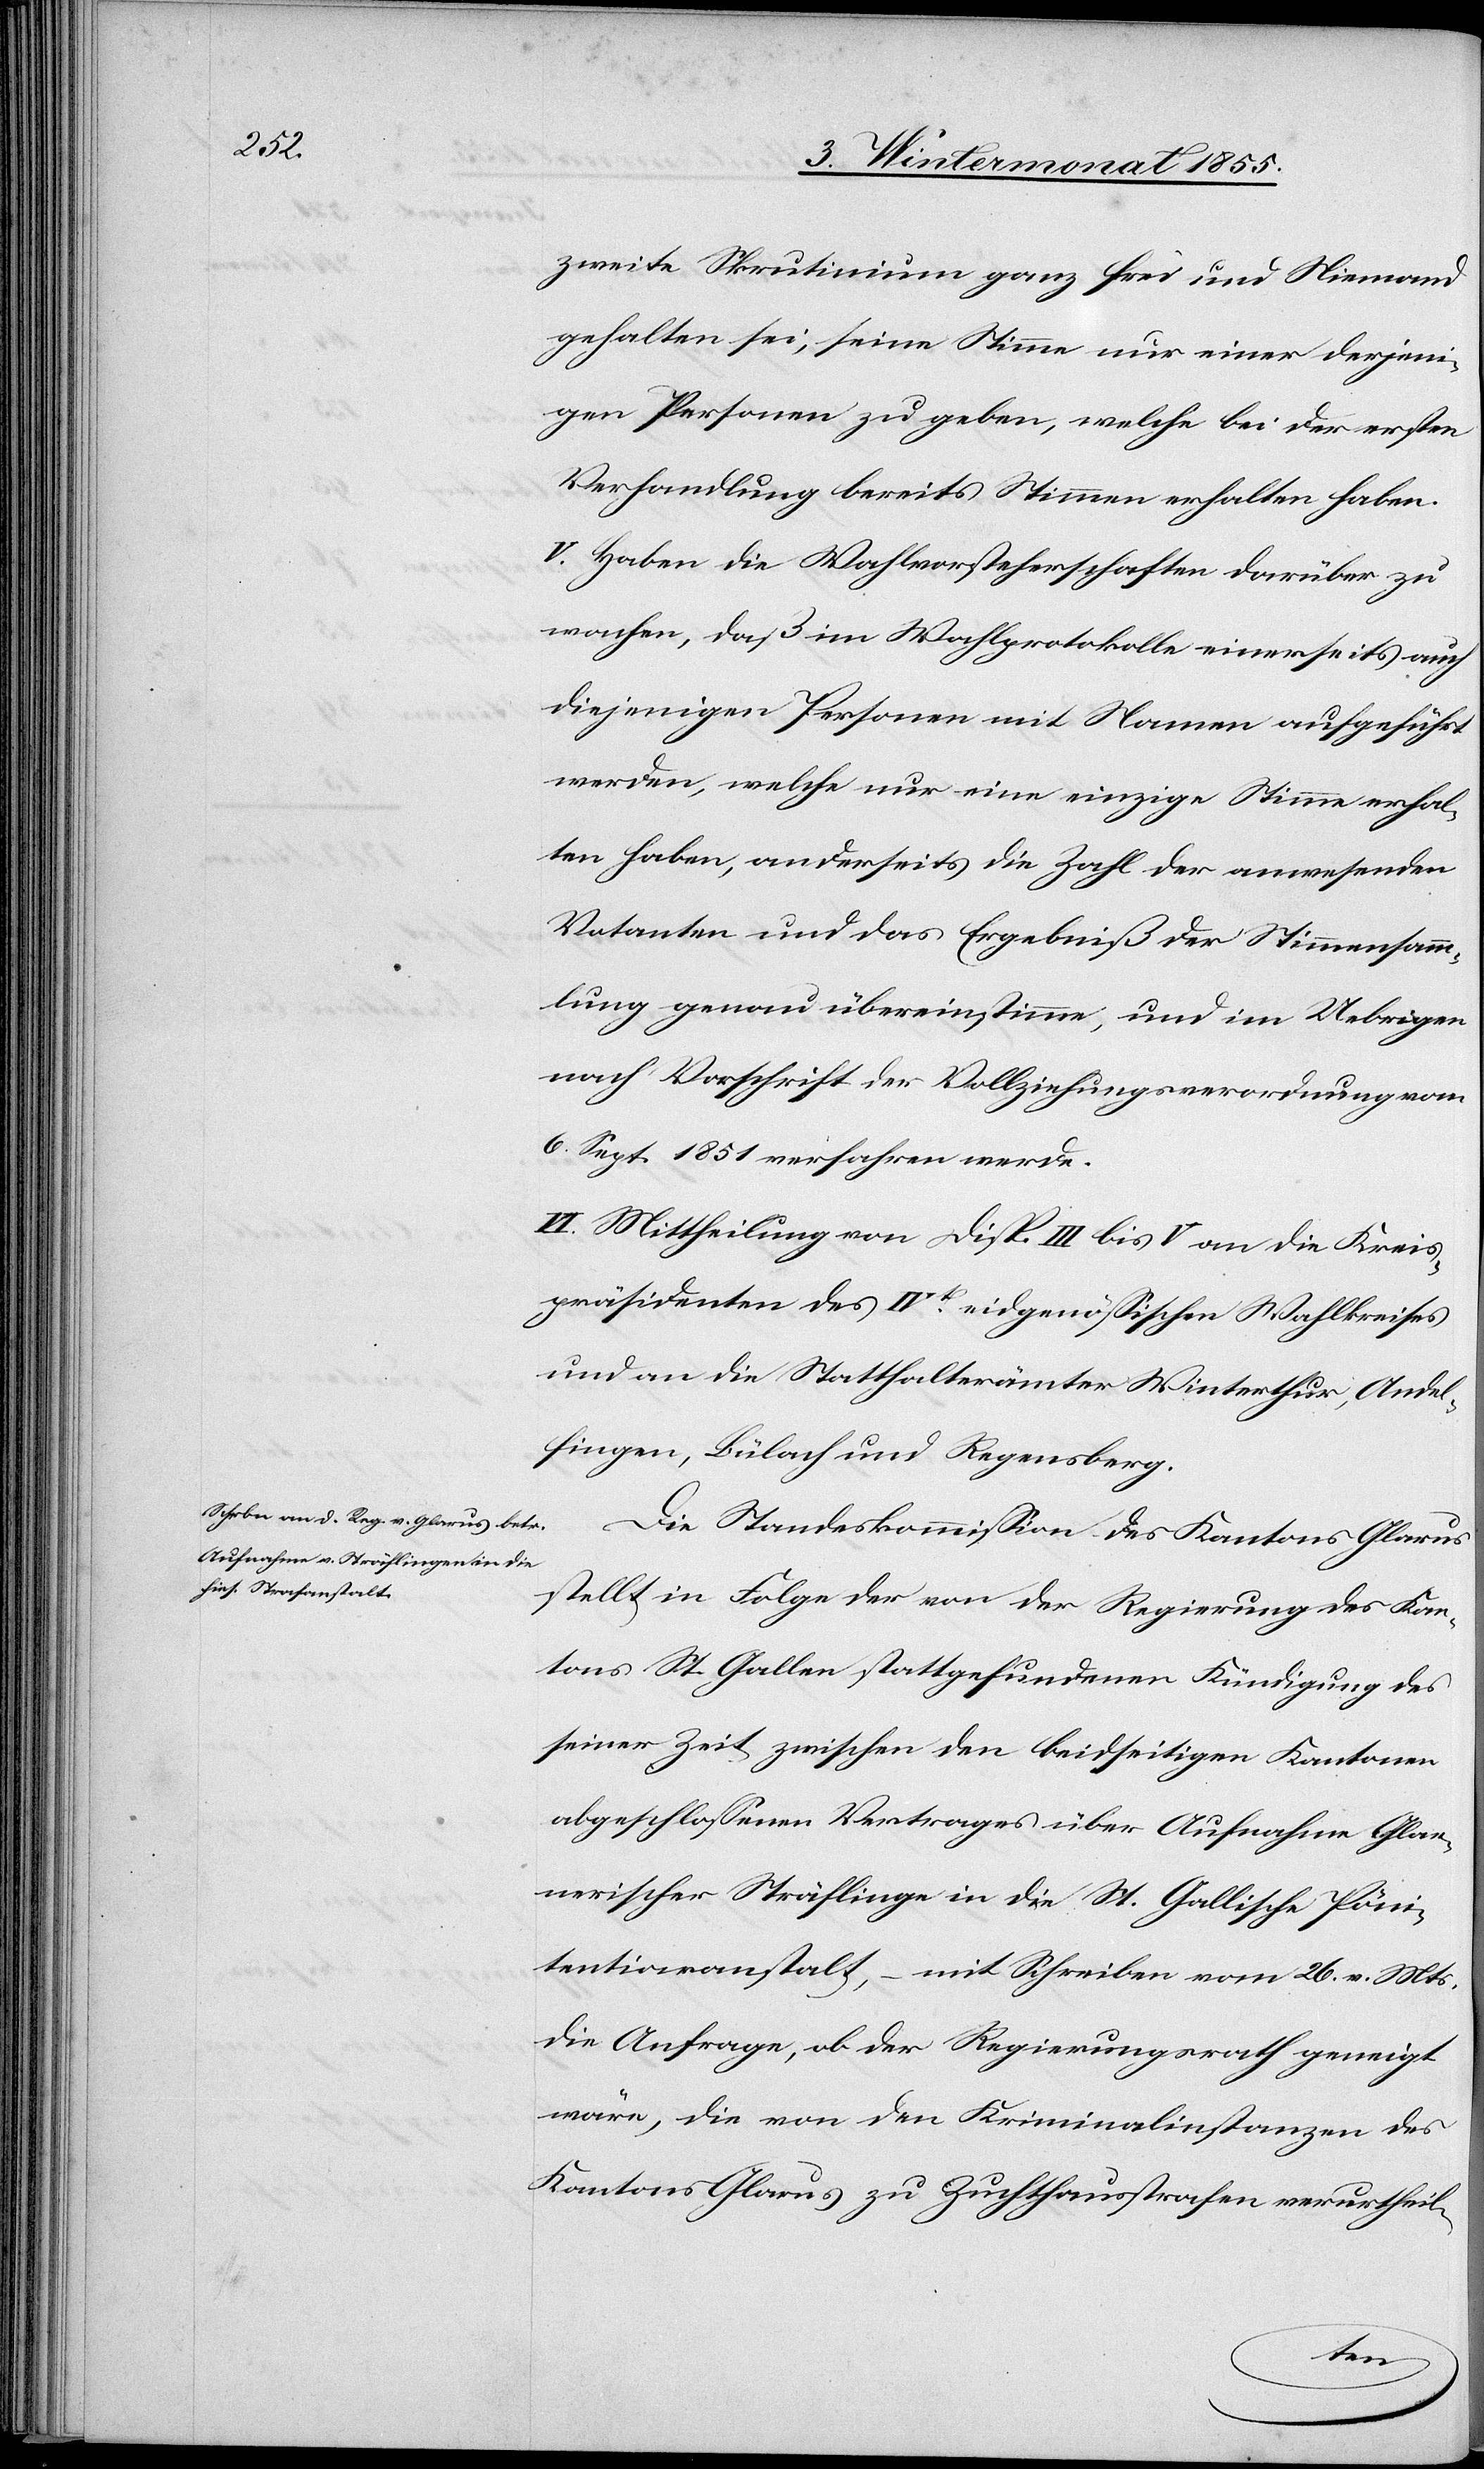
zweite Skrutinium ganz frei und Niemand
gehalten sei, seine Stimme nur einer derjeni¬
gen Personen zu geben, welche bei der ersten
Verhandlung bereits Stimmen erhalten haben.
V. Haben die Wahlvorsteherschaften darüber zu
wachen, daß im Wahlprotokolle einerseits auch
diejenigen Personen mit Namen aufgeführt
werden, welche nur eine einzige Stimme erhal¬
ten haben, anderseits die Zahl der anwesenden
Votanten und das Ergebniß der Stimmensamm¬
lung genau übereinstimme, und im Uebrigen
nach Vorschrift der Vollziehungsverordnung vom
6. Sept. 1851 verfahren werde.
VI. Mittheilung von Disp. III bis V an die Kreis¬
präsidenten des IVt. eidgenössischen Wahlkreises
und an die Statthalterämter Winterthur, Andel¬
fingen, Bülach und Regensberg.
Die Standeskommission des Kantons Glarus
stellt in Folge der von der Regierung des Kan¬
tons St. Gallen stattgefundenen Kündigung des
seiner Zeit zwischen den beidseitigen Kantonen
abgeschlossenen Vertrages über Aufnahme Glar¬
nerischer Sträflinge in die St. Gallische Pöni¬
tentiaranstalt, – mit Schreiben vom 26. v. Mts.
die Anfrage, ob der Regierungsrath geneigt
wäre, die von den Kriminalinstanzen des
Kantons Glarus zu Zuchthausstrafen verurtheil-